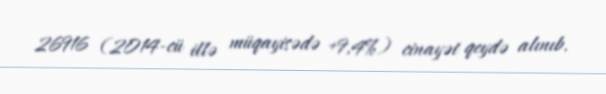
26916 (2014-cü illə müqayisədə +9,4%) cinayət qeydə alınıb.